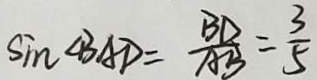
\sin \angle B A D = \frac { B D } { A B } = \frac { 3 } { 5 }